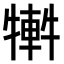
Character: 𤛕